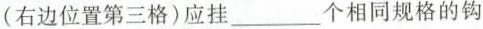
(右边位置第三格)应挂___个相同规格的钩